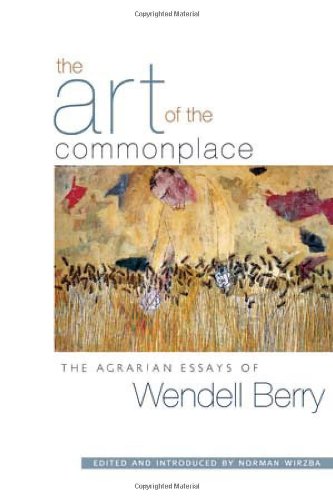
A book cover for The Art of the Commonplace: The Agrarian Essays of Wendell Berry; Wendell Berry; Literature & Fiction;